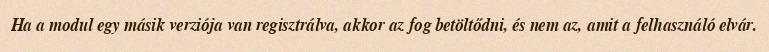
Ha a modul egy másik verziója van regisztrálva, akkor az fog betöltődni, és nem az, amit a felhasználó elvár.